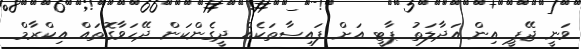
ވަނީ ޖޭޕީ އިން އަދާލަތު ޕާޓީ އަށް ފައިސާތަކެއް ދީގެންކަން ދޭހަވާގޮތައް އިކްރާމް